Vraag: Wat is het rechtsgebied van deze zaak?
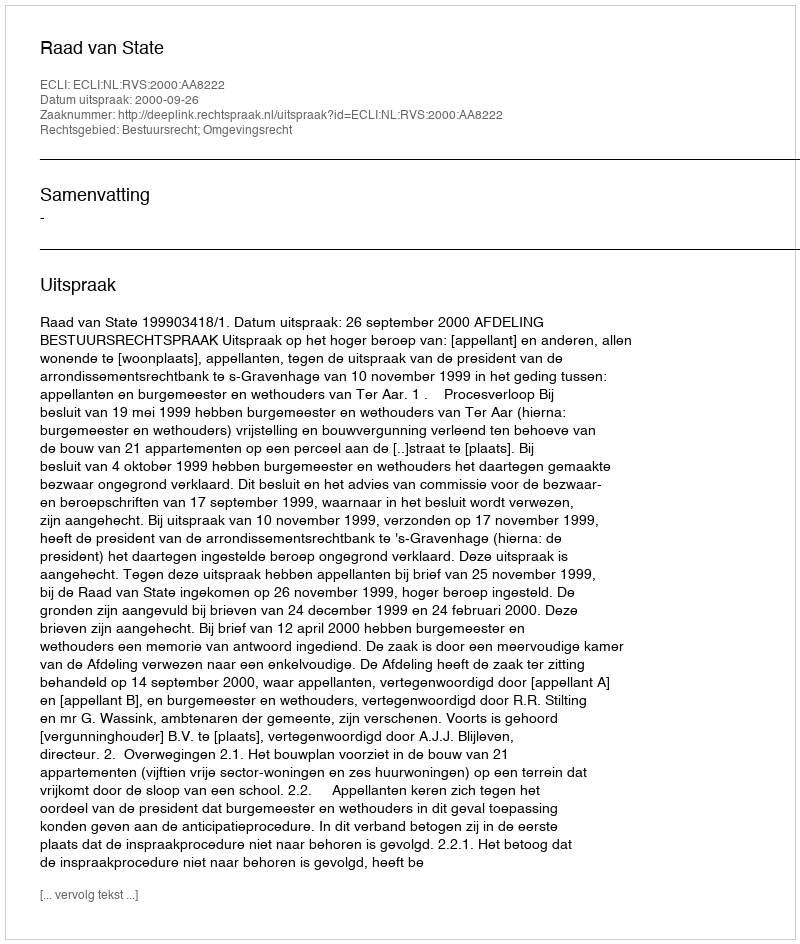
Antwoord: Bestuursrecht; Omgevingsrecht